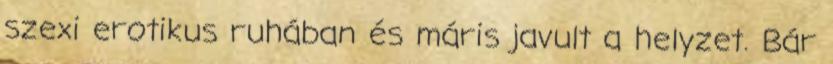
szexi erotikus ruhában és máris javult a helyzet. Bár